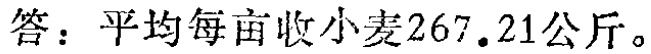
答：平均每亩收小麦\(267.21\)公斤。